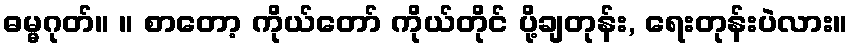
ဓမ္မဂုတ်။ ။ စာတော့ ကိုယ်တော် ကိုယ်တိုင် ပို့ချတုန်း, ရေးတုန်းပဲလား။